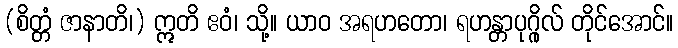
(စိတ္တံ ဇာနာတိ၊) ဣတိ ဧဝံ၊ သို့။ ယာဝ အရဟတော၊ ရဟန္တာပုဂ္ဂိုလ် တိုင်အောင်။